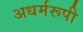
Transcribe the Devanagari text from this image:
अधर्मरूपी